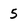
Character: 5